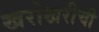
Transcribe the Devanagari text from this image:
खरोखरीची